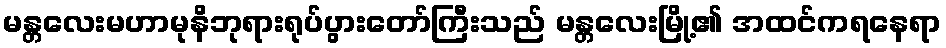
မန္တလေးမဟာမုနိဘုရားရုပ်ပွားတော်ကြီးသည် မန္တလေးမြို့၏ အထင်ကရနေရာ